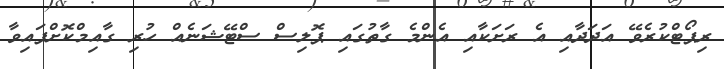
ރިޕޯޓްކުރެވޭ އަދަދާއި އެ ރަށަކާއި އެންމެ ގާތުގައި ޕޮލިސް ސްޓޭޝަނެއް ހުރި ގާއިމްކޮށްފައިވާ